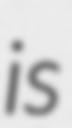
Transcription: is